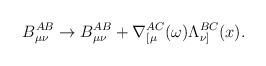
LaTeX: \begin{align*}B_{\mu\nu}^{AB} \rightarrow B_{\mu\nu}^{AB} +\nabla_{[\mu}^{AC}(\omega)\Lambda_{\nu]}^{BC}(x) . \end{align*}